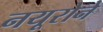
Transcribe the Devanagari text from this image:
नयूरोने